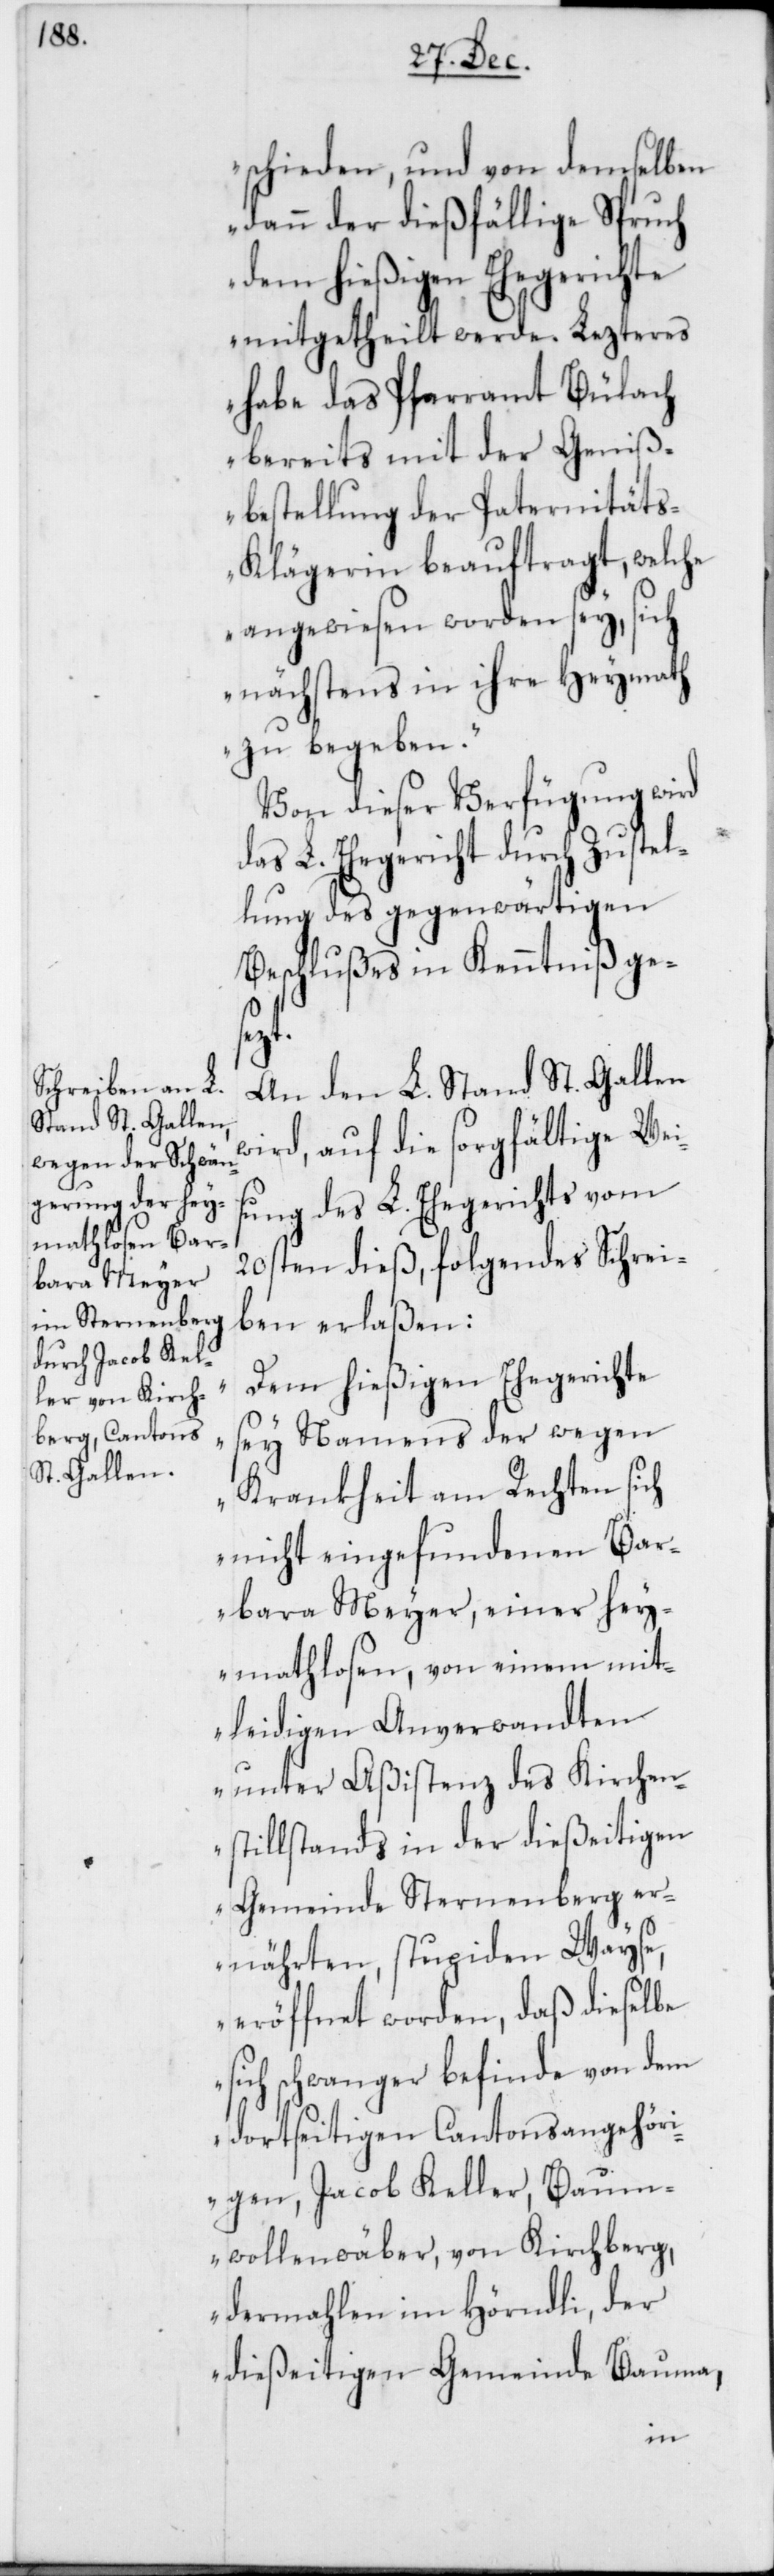
schieden, und von demselben
dann der dießfällige Spruch
dem hießigen Ehegerichte
mitgetheilt werde. Lezteres
habe das Pfarramt Bülach
bereits mit der Geniß¬
bestellung der Paternität¬
s-Klägerin beauftragt, welche
angewiesen worden sey, sich
nächstens in ihre Heymath
zu begeben“.
Von dieser Verfügung wird
das L. Ehegericht durch Zustel¬
lung des gegenwärtigen
Beschlußes in Kenntniß ges¬
s¬
An den L. Stand St. Gallen
wird, auf die sorgfältige Weis¬
ung des L. Ehegerichts vom
20sten dieß, folgendes Schrei¬
ben erlaßen:
„Dem hießigen Ehegerichte
sey Namens der wegen
Krankheit am Rechten sich
nicht eingefundenen Bar¬
bara Meyer, einer hey¬
mathlosen, von einem mit¬
leidigen Anverwandten
unter Aßistenz des Kirchen¬
stillstands in der dießeitigen
Gemeinde Sternenberg er¬
nährten, stupiden Wayse,
eröffnet worden, daß dieselbe
ich schwanger befinde von dem
dortseitigen Cantonsangehöri¬
gen, Jacob Keller, Baum¬
wollenwäber, von Kirchberg,
dermahlen im Hörndli, der
dießeitigen Gemeinde Bauma,